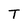
Character: T